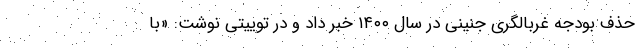
حذف بودجه غربالگری جنینی در سال ۱۴۰۰ خبر داد و در توییتی نوشت: «با